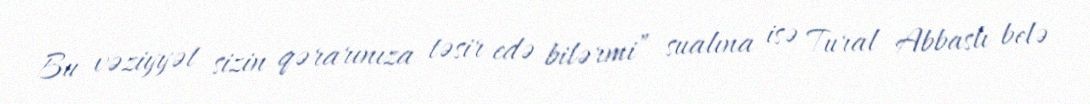
Bu vəziyyət sizin qərarınıza təsir edə bilərmi” sualına isə Tural Abbaslı belə